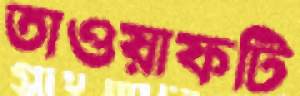
তাওয়াফটি